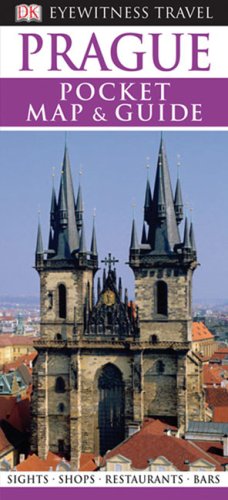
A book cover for Pocket Map and Guide Prague (Eyewitness Pocket Map & Guide); DK Publishing; Travel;